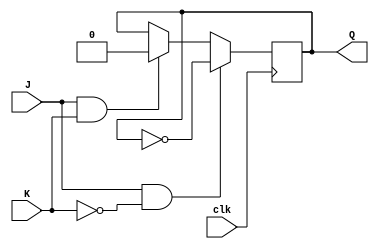
module jk_latch (
    input J,
    input K,
    input clk,
    output reg Q
);

always @(posedge clk) begin
    if (J & ~K) begin
        Q <= ~Q;
    end else if (J & K) begin
        Q <= 1'b0;
    end else if (~J & ~K) begin
        // No change in output state
    end
end

endmodule